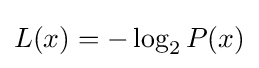
L(x)=-\log _{2}{P(x)}